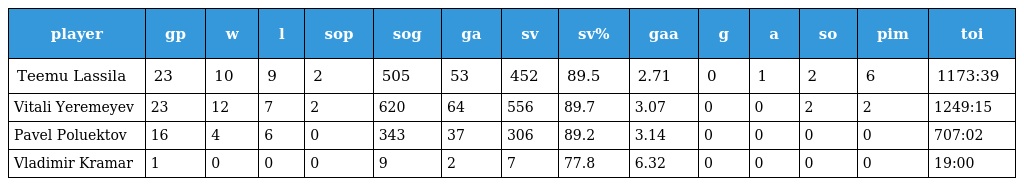
| player | gp | w | l | sop | sog | ga | sv | sv% | gaa | g | a | so | pim | toi |
 | --- | --- | --- | --- | --- | --- | --- | --- | --- | --- | --- | --- | --- | --- | --- |
 | Teemu Lassila | 23 | 10 | 9 | 2 | 505 | 53 | 452 | 89.5 | 2.71 | 0 | 1 | 2 | 6 | 1173:39 |
 | Vitali Yeremeyev | 23 | 12 | 7 | 2 | 620 | 64 | 556 | 89.7 | 3.07 | 0 | 0 | 2 | 2 | 1249:15 |
 | Pavel Poluektov | 16 | 4 | 6 | 0 | 343 | 37 | 306 | 89.2 | 3.14 | 0 | 0 | 0 | 0 | 707:02 |
 | Vladimir Kramar | 1 | 0 | 0 | 0 | 9 | 2 | 7 | 77.8 | 6.32 | 0 | 0 | 0 | 0 | 19:00 |